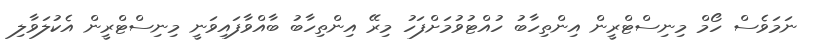
ނަމަވެސް ހޯމް މިނިސްޓްރީން އިންތިހާބު ހުއްޓުވުމަށްފަހު މިރޭ އިންތިހާބު ބާއްވާފައިވަނީ މިނިސްޓްރީން އެކުލަވާލި